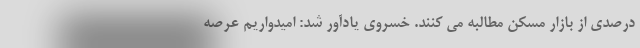
درصدی از بازار مسکن مطالبه می کنند. خسروی یادآور شد: امیدواریم عرصه